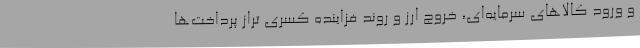
و ورود کالا‌های سرمایه‌ای، خروج ارز و روند فزاینده کسری تراز پرداخت‌ها